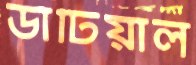
ডাঁটিয়াল